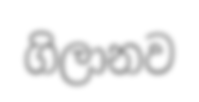
ගිලානව